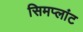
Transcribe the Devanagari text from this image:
सिमप्लांट